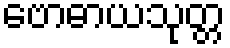
ဗောဓာယသုတ္တ